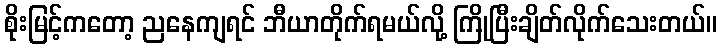
စိုးမြင့်ကတော့ ညနေကျရင် ဘီယာတိုက်ရမယ်လို့ ကြိုပြီးချိတ်လိုက်သေးတယ်။